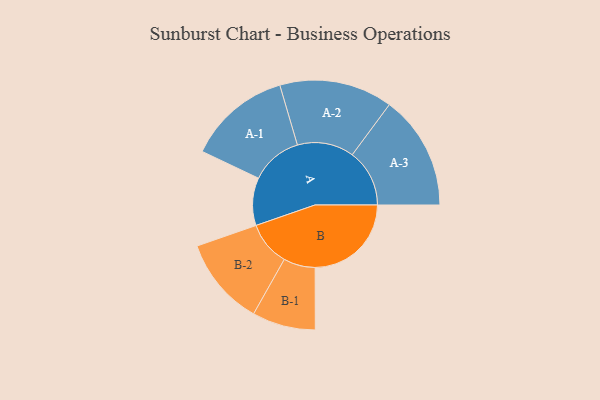
{"axis": {"x": "Segment", "y": "Value"}, "legend": ["", "A", "B"], "data": [{"x": "A", "y": 229, "type": ""}, {"x": "B", "y": 462, "type": ""}, {"x": "A-1", "y": 248, "type": "A"}, {"x": "A-2", "y": 272, "type": "A"}, {"x": "A-3", "y": 275, "type": "A"}, {"x": "B-1", "y": 152, "type": "B"}, {"x": "B-2", "y": 213, "type": "B"}]}